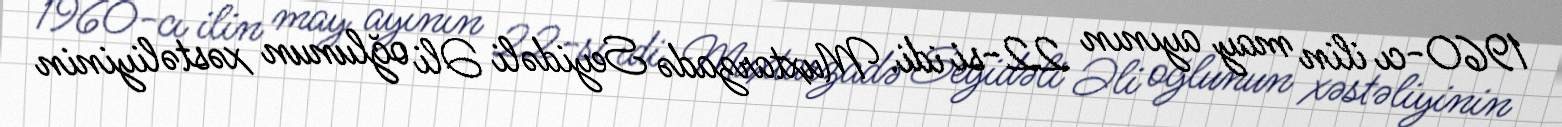
1960-cı ilin may ayının 22-si idi. Muxtarzadə Seyidəli Əli oğlunun xəstəliyinin